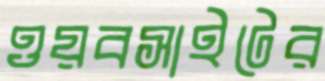
ওয়বসাইটের